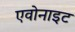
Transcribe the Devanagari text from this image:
एवोनाइट